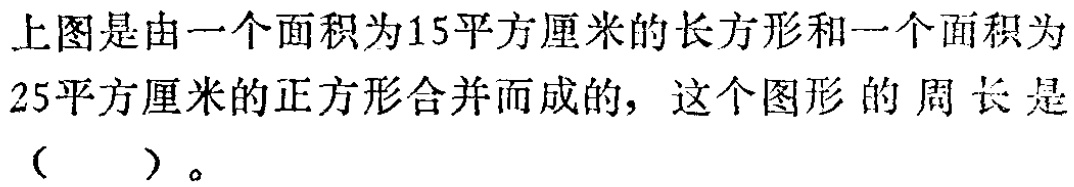
上图是由一个面积为15平方厘米的长方形和一个面积为25平方厘米的正方形合并而成的，这个图形的周长是（  ）。